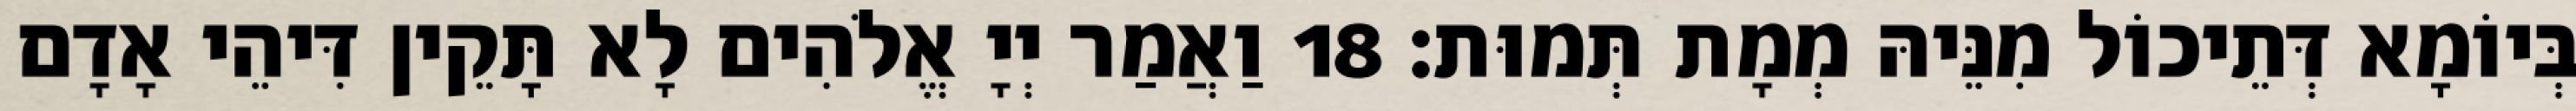
בְּיוֹמָא דְּתֵיכוֹל מִנֵּיהּ מְמָת תְּמוּת׃ 18 וַאֲמַר יְיָ אֱלֹהִים לָא תָּקֵין דִּיהֵי אָדָם